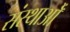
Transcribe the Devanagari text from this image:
संस्थाओँ